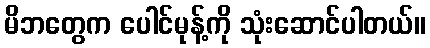
မိဘတွေက ပေါင်မုန့်ကို သုံးဆောင်ပါတယ်။